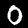
Label: 0